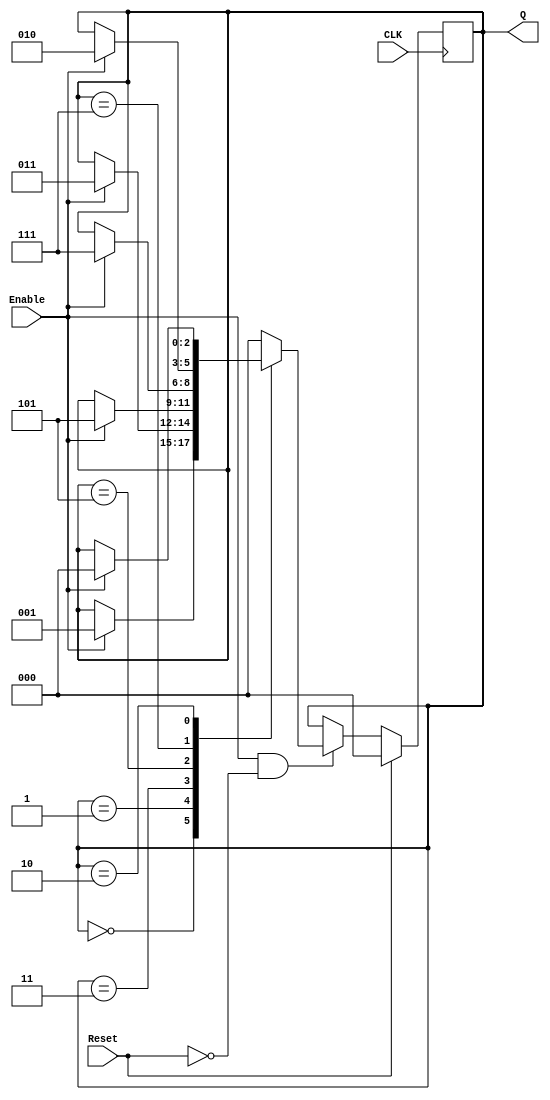
// Design a counter that counts in a special sequence

`timescale 1ns / 1ps

module special_counter(input CLK, input Reset, input Enable, output [2:0] Q);

reg [2:0] current;
reg [2:0] next;

// The unique states
localparam s0 = 3'b000;     // 000
localparam s1 = 3'b001;     // 001
localparam s2 = 3'b011;     // 011
localparam s3 = 3'b101;     // 101
localparam s4 = 3'b111;     // 111
localparam s5 = 3'b010;     // 010

assign Q = current;

always @(posedge CLK)
    begin
        if(Reset)
            current = s0;
        else if (Enable && ~Reset)
            current = next;
    end

always @(CLK or Reset or Enable)
    begin
        next = current;
        case(current)
            s0: if(Enable)
                    next = s1;
            s1: if(Enable)
                    next = s2;
            s2: if(Enable)
                    next = s3;
            s3: if(Enable)
                    next = s4;
            s4: if(Enable)
                    next = s5;
            s5: if(Enable)
                    next = s0;
            default: 
                    next = s0;
       endcase
    end
endmodule